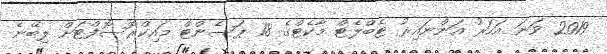
2019 ވަނަ އަހަރު އަންނައިރު ޓެބްލެޓް މާކެޓްގެ 18 ޕަސެންޓް މައިކްރޮސޮފްޓަށް ލިބޭނެ